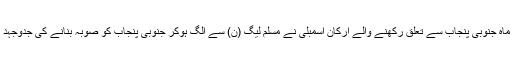
واضح رہے کہ گزشتہ ماہ جنوبی پنجاب سے تعلق رکھنے والے ارکان اسمبلی نے مسلم لیگ (ن) سے الگ ہوکر جنوبی پنجاب کو صوبہ بنانے کی جدوجہد کرنے کا اعلان کیا تھا۔